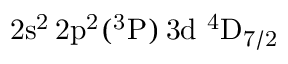
\mathrm { 2 s ^ { 2 } \, 2 p ^ { 2 } ( ^ { 3 } P ) \, 3 d ~ ^ { 4 } D _ { 7 / 2 } }